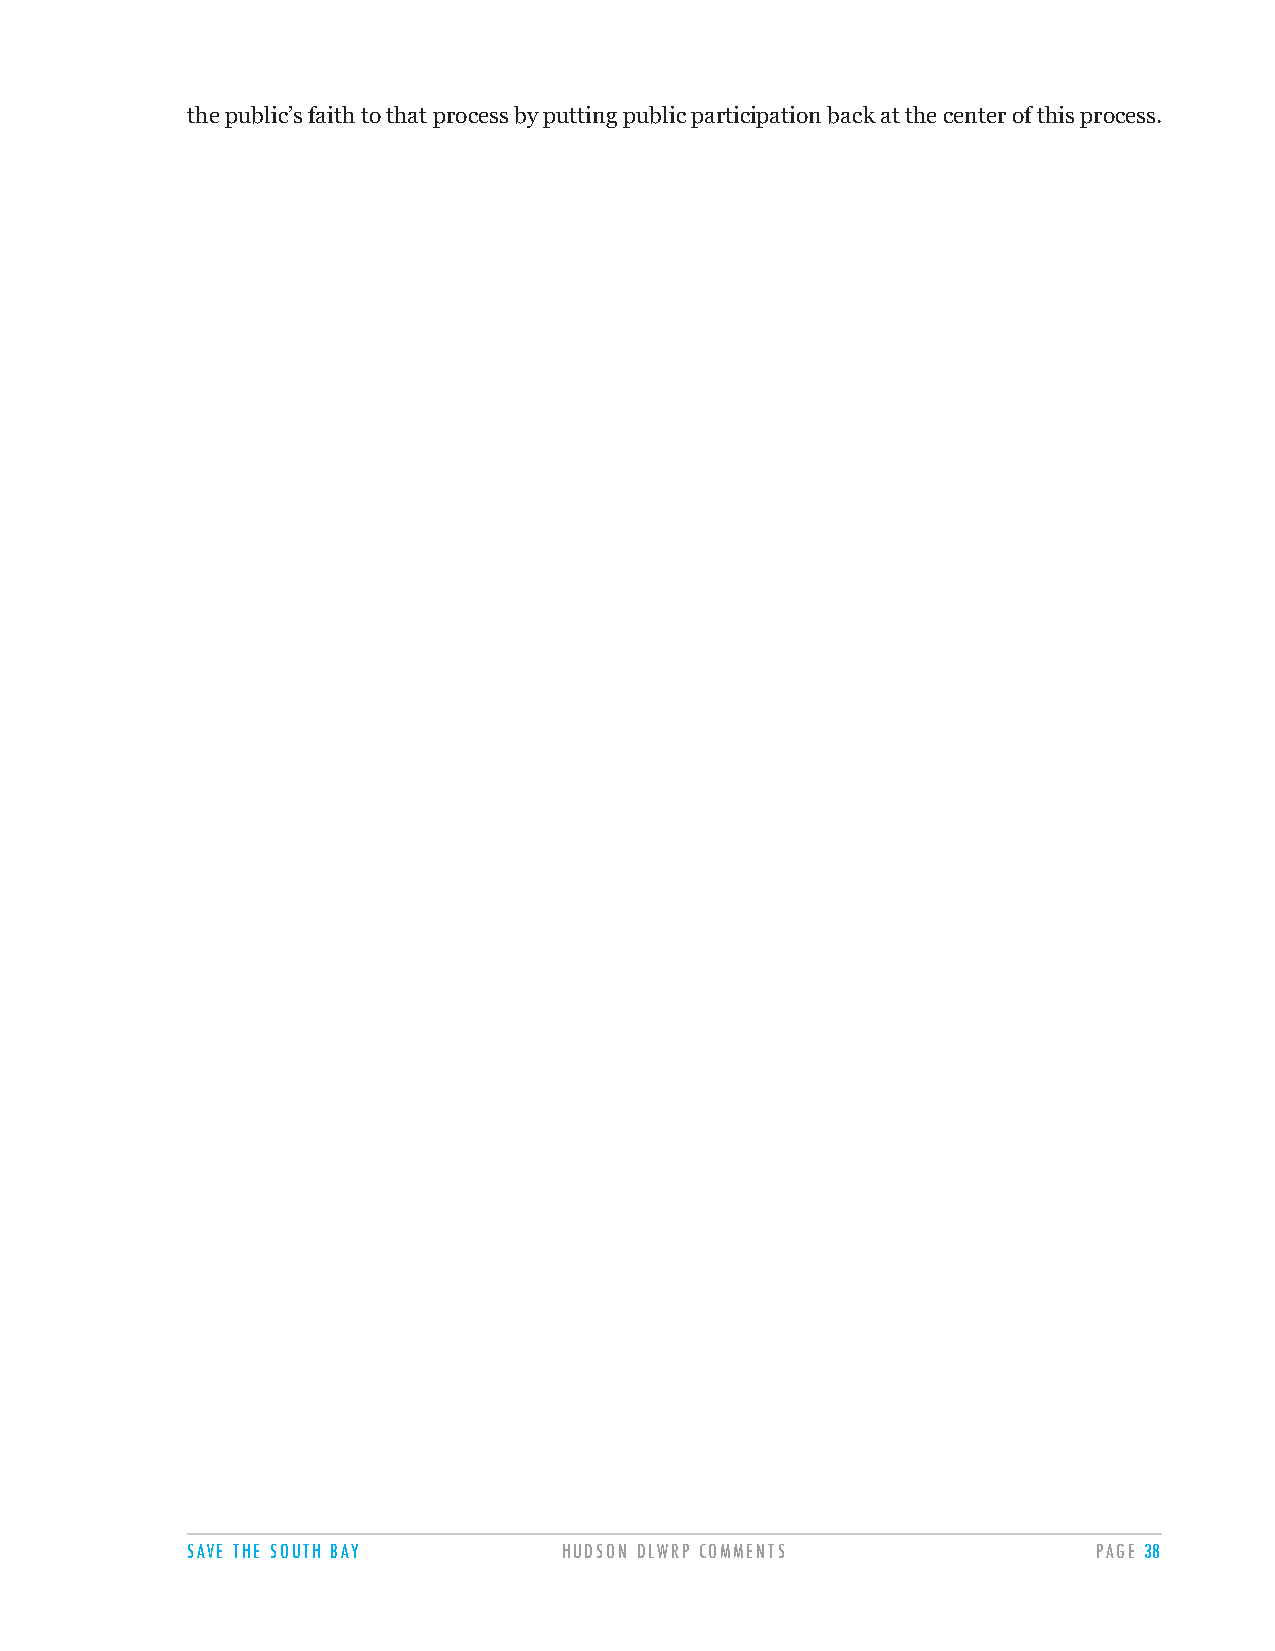
the public’s faith to that process by putting public participation back at the center of this process.
 SAVE THE SOUTH BAY       HUDSON DLWRP COMMENTS               PAGE 38